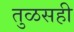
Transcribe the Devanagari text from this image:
तुळसही